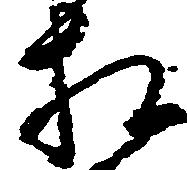
相